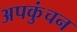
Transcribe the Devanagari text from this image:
अपकुंचन